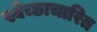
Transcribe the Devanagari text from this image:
स्वेच्छाचारित